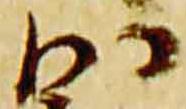
沙